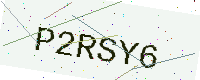
Text: P2RSY6